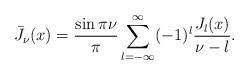
LaTeX: \begin{align*}{\bar J}_{\nu}(x)=\frac{\sin\pi\nu}{\pi}\sum\limits_{l=-\infty}^{\infty}(-1)^l\frac{J_l(x)}{\nu-l}. \end{align*}